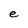
Character: e